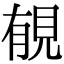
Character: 𧠶